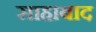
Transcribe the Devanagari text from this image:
साहाबाद